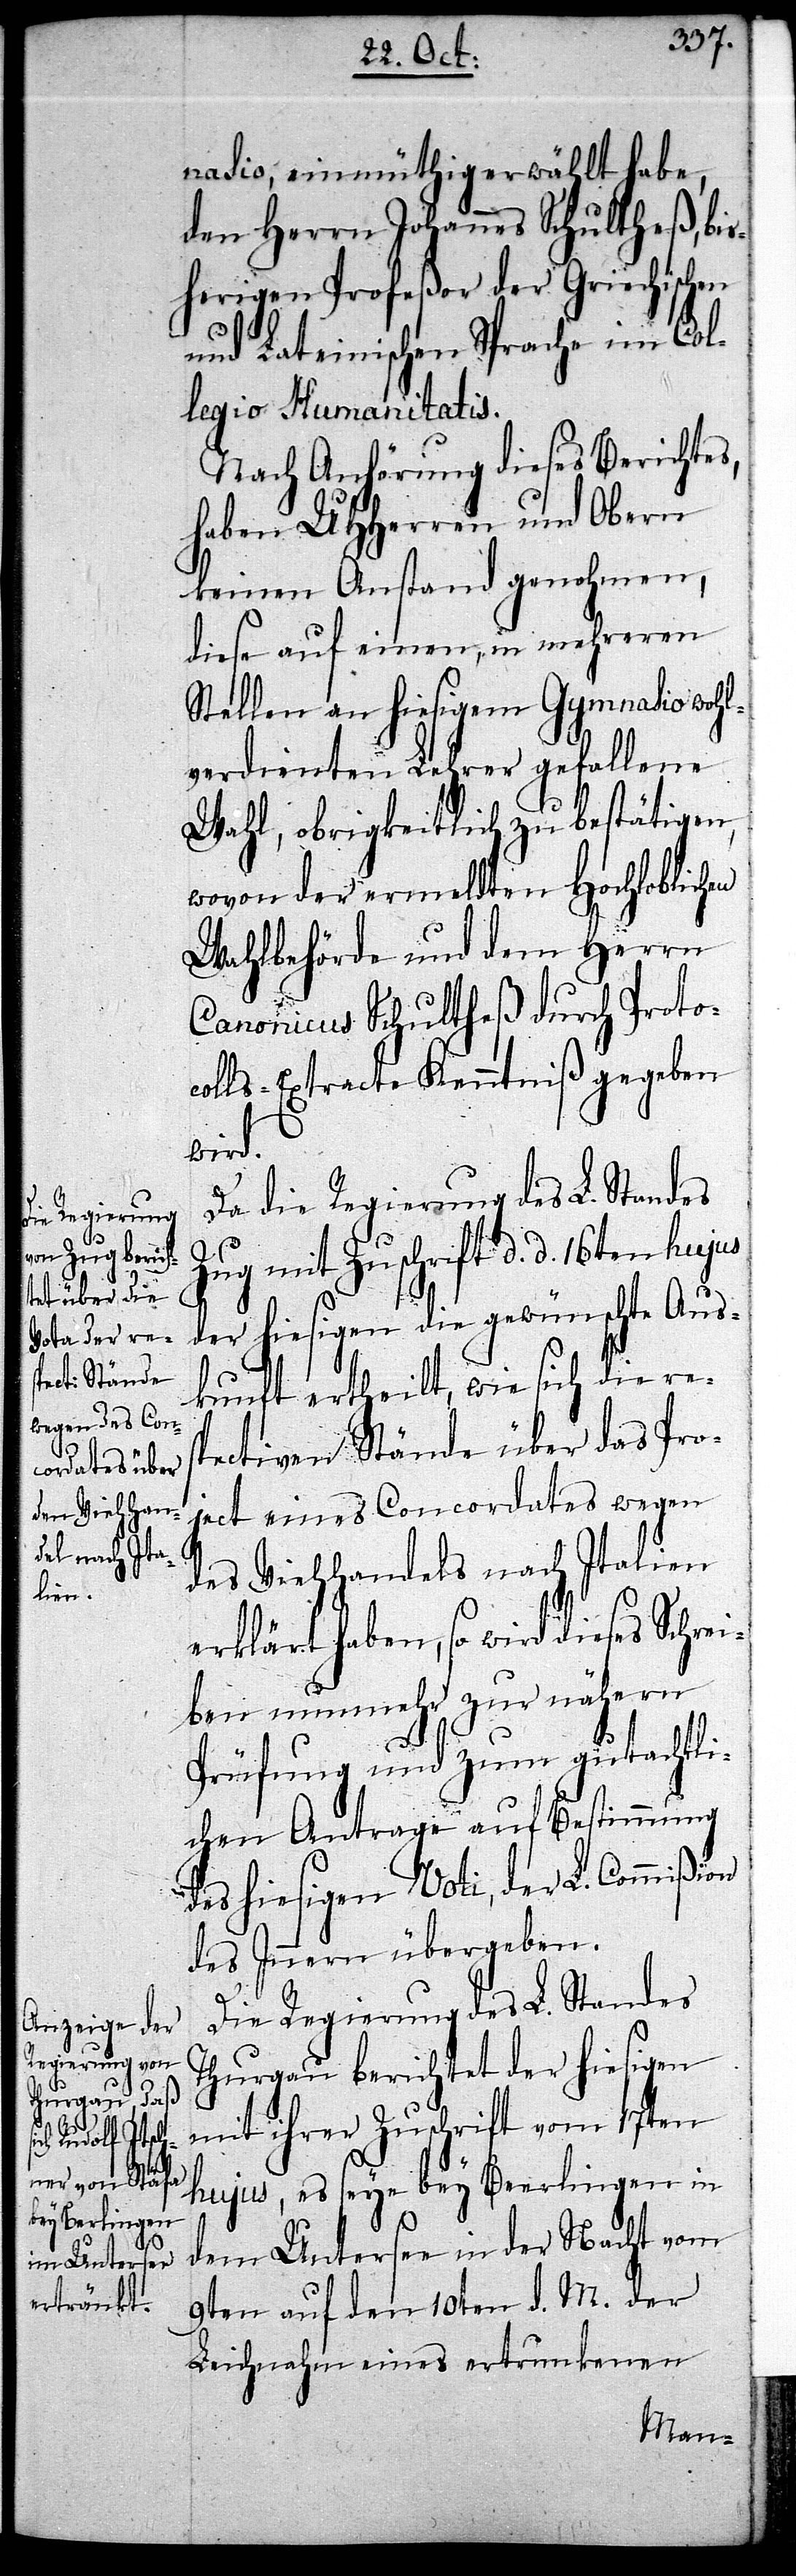
nasio, einmüthig erwählt habe,
den Herrn Johannes Schultheß, bis¬
herigen Profeßor der Griechischen
und Lateinischen Sprache im Col¬
legio Humanitatis.
Nach Anhörung dieses Berichtes,
haben UUHerren und Obern
keinen Anstand genohmen,
diese auf einen, in mehreren
Stellen an hiesigem Gymnasio wohl¬
verdienten Lehrer gefallene
Wahl, obrigkeitlich zu bestätigen,
wovon der ermeldten Hochloblichen
Wahlbehörde und dem Herrn
Canonicus Schultheß durch Protoc¬
olls-Extracte Kenntniß gegeben
wird.
Da die Regierung des L. Standes
Zug mit Zuschrift d. d. 16ten hujus
der hiesigen die gewünschte Aus¬
kunft ertheilt, wie sich die res¬
pectiven Stände über das Pro¬
ject eines Concordates wegen
des Viehhandels nach Italien
erklärt haben, so wird dieses Schrei¬
ben nunmehr zur nähern
Prüfung und zum gutachtli¬
chen Antrage auf Bestimmung
des hiesigen Voti, der L. Commißion
des Innern übergeben.
Die Regierung des L. Standes
Thurgau berichtet der hiesigen
mit ihrer Zuschrift vom 17ten
hujus, es seye bey Berlingen in
dem Untersee in der Nacht vom
9ten auf den 10ten d. M. der
Leichnahm einees ertrunkenen